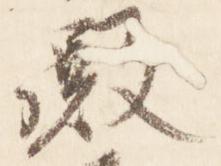
殿